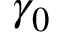
\gamma _ { 0 }